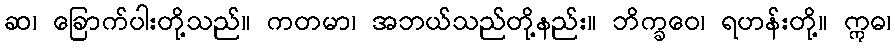
ဆ၊ ခြောက်ပါးတို့သည်။ ကတမာ၊ အဘယ်သည်တို့နည်း။ ဘိက္ခဝေ၊ ရဟန်းတို့။ ဣဓ၊